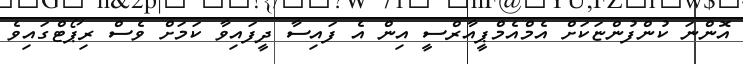
އޮންނަ ކުންފުންޏަކަށް އެމްއެމްޕީއާރްސީ އިން އެ ފައިސާ ދީފައިވާ ކަމަށް ވެސް ރިޕޯޓްގައިވެ